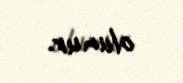
olunur.